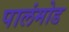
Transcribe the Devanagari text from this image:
पालंमोड